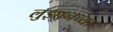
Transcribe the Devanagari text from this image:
लुझानच्या